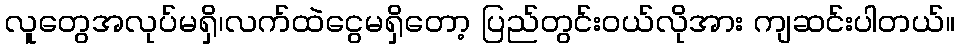
လူတွေအလုပ်မရှိ၊လက်ထဲငွေမရှိတော့ ပြည်တွင်းဝယ်လိုအား ကျဆင်းပါတယ်။